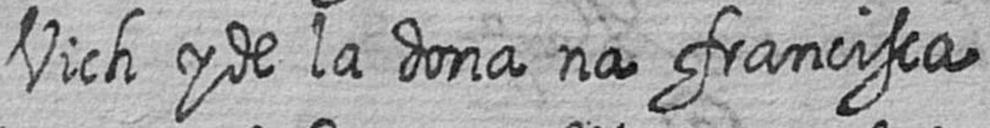
Vich y de la dona na francisca